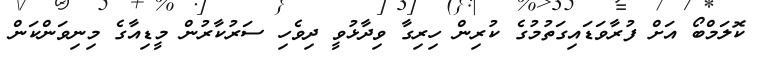
ކޮލަމްބޯ އަށް ފުރާވަޑައިގަތުމުގެ ކުރިން ހިރިގާ ވިދާޅުވީ ދިވެހި ސަރުކާރުން މީޑިއާގެ މިނިވަންކަން